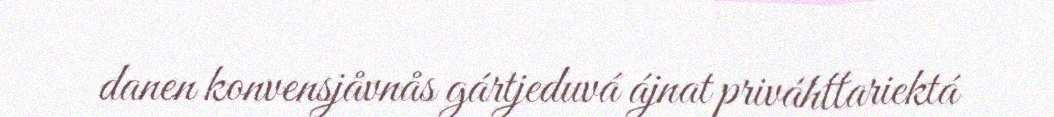
danen konvensjåvnås gártjeduvá ájnat priváhttariektá